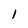
Character: l